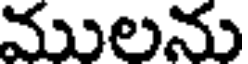
ములను